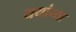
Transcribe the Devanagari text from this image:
ययांच्या